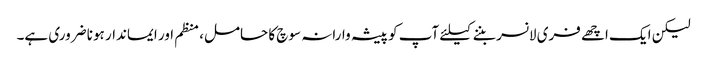
لیکن ایک اچھے فری لانسر بننے کیلئے آپ کو پیشہ وارانہ سوچ کا حامل، منظم اور ایماندار ہونا ضروری ہے۔